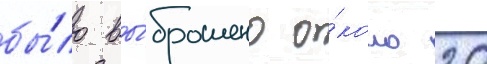
бы́ло вы́брошено о́коло 20